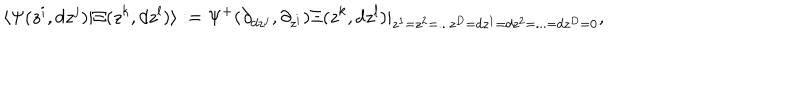
\langle \Psi ( z ^ { i } , d z ^ { j } ) | \Xi ( z ^ { k } , d z ^ { l } ) \rangle : = \Psi ^ { + } ( \partial _ { d z ^ { j } } , \partial _ { z ^ { i } } ) \Xi ( z ^ { k } , d z ^ { l } ) | _ { z ^ { 1 } = z ^ { 2 } = . . . z ^ { D } = d z ^ { 1 } = d z ^ { 2 } = . . . = d z ^ { D } = 0 } ,